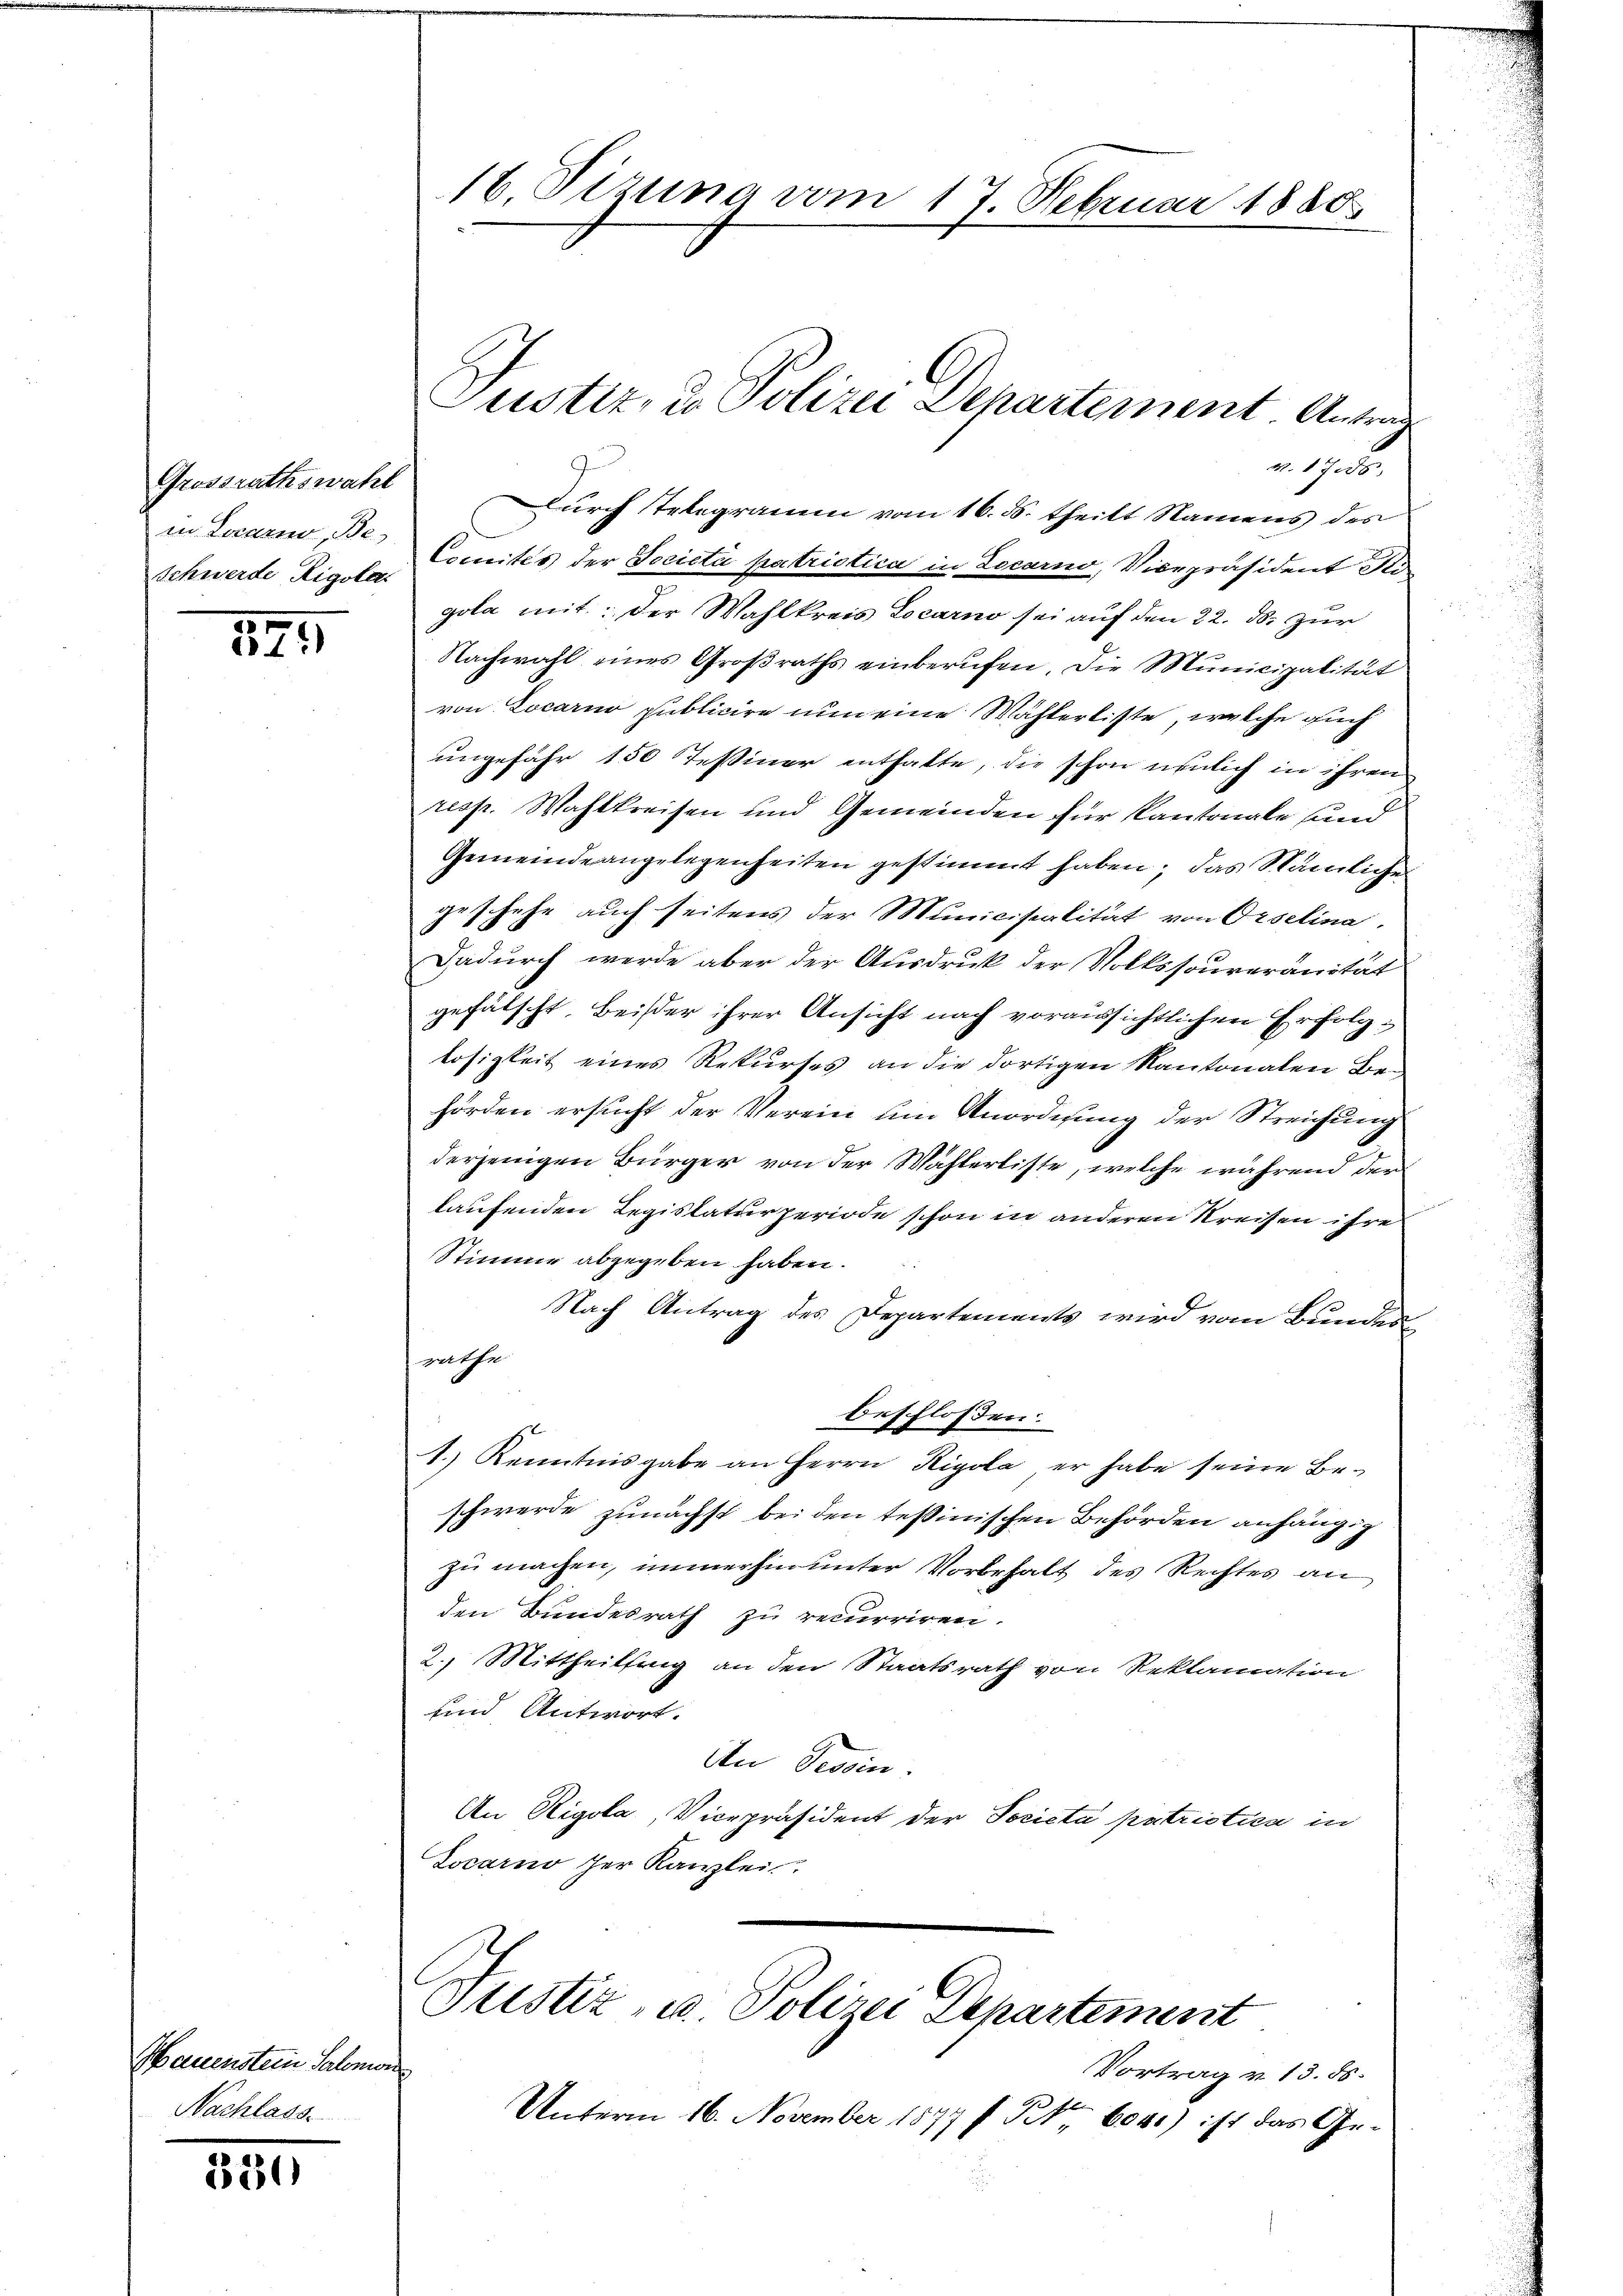
Grossrathswahl
in Locarno, Be

344

Wauenstein Salomon
Nachlass

321)

16. Pizuna vom 17. Februar 1880.

e. Hier

Justiz, u. Polizei Departement Antrag

Durch Telegramm vom 16. ds. theilt Namens des
Schwerde Dial Comités der Societa patriotica in Locarno, Vicepräsident de
gola mit: der Wahlkreis Locarno sei auf den 22. ds. zur
Nachwahl eines Großraths einberufen, die Municipalität
von Locarno publicire nun eine Wählerliste, welche auch
ungefähr 150 Tessiner enthatte, die schon neulich in ihren
resp. Wahlkreisen und Gemeinden für Kantonale und
Gemeinde angelegenheiten gestimmt haben; das Nämliche
geschehe auch seitens der Municipalität von Orselina.
Dadurch werde aber der Ausdruck der Volkssouveranität
gefälscht. Beister ihrer Ansicht nach voraussichtlichen Erfolglosigkeit eines Rekurses an die dortigen Kantonalen Behörden ersucht der Verein um Anordnung der Streichung
derjenigen Bürger von der Wählerliste, welche während der
laufenden Regislaturperiode schon in anderen Kreisen ihre
Stimme abgegeben haben.
Nach Antrag des Departements wird vom Bundeswaehr
beschloßen:
1. Renntnisgabe an Herrn Rigola er habe seine Be-
schwerde zunächst bei den tessinischen Behörden anhängig
zu machen, immerhin unter Vorbehalt des Rechtes an
den Bundesrath zu recurriren.
2.) Mittheilung an den Staatsrath von Reklamation
und Antwort.
An Tessin.
An Rigola, Vicepräsident der Societa patriotica in
Locarno der Kanzlei

Justiz- u. Polizei Departement

Vortrag v. 13. ds.
Unterm 16. November 1877 f. Rt. 604.) ist das Ge¬